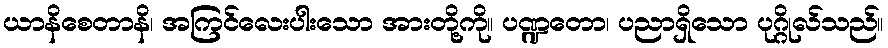
ယာနိစေတာနိ၊ အကြင်လေးပါးသော အားတို့ကို။ ပဏ္ဍတော၊ ပညာရှိသော ပုဂ္ဂိုလ်သည်။